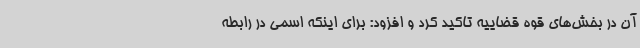
آن در بخش‌های قوه قضاییه تاکید کرد و افزود: برای اینکه اسمی در رابطه